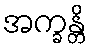
အက္ခန္တိ